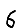
Digit: 6